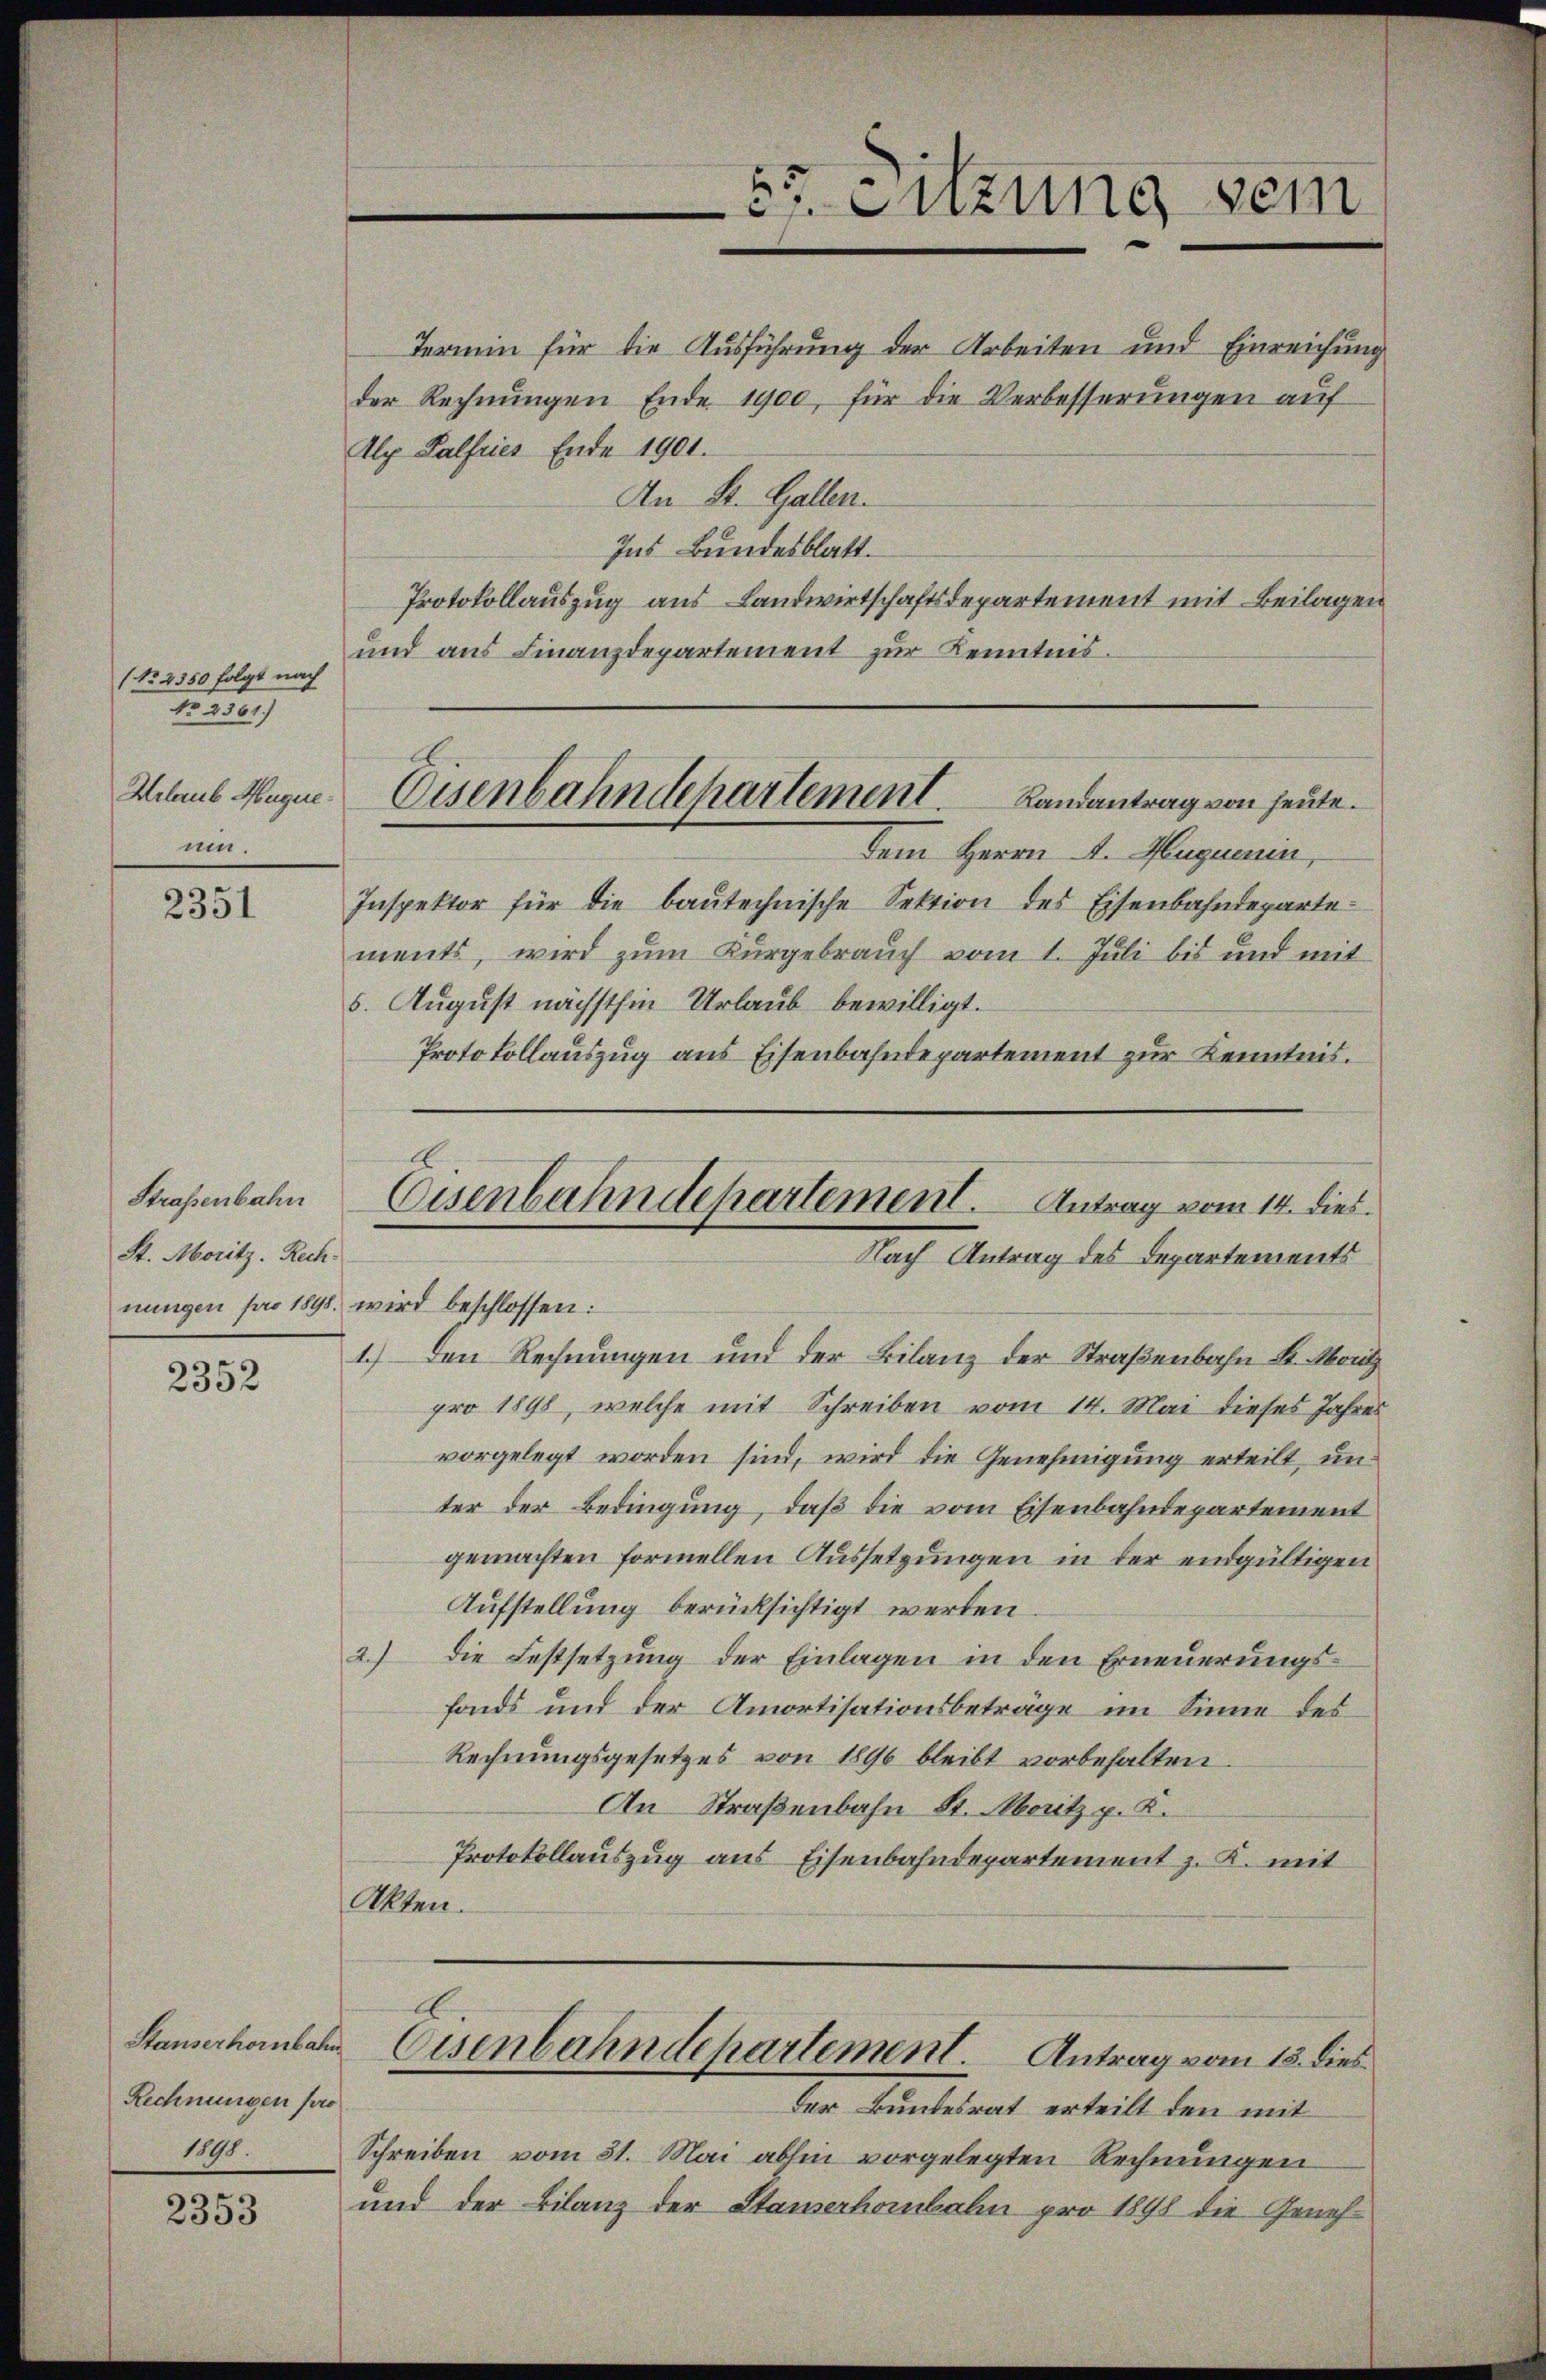
(No 2350 folgt nach
Nro 2561/
Helrub Hugere
um.

2351

Straßenbahn
St. Moritz. Rechnungen pro 1898 wird beschlossen:

2352

Stauserhornbahn
Rechnungen pro

2353

Enzung sein

Termin für die Ausführung der Arbeiten und Einreichung
der Rechnungen Ende 1900, für die Verbesserungen auf
Aly Palfries Ende 1901.
An St. Gallen.
Ins Bundesblatt.
Protokollauszug aus Landwirtschaftsdepartement mit Beilagen
und aus Finanzdepartement zur Kenntnis.

dem Herrn A. Huguenin,
Inspektor für die baŭtechnische Sektion des Eisenbahndeparte
ments, wird zum Kurgebrauch vom 1. Juli bis und mit
5. August nächsthin Urlaub bewilligt.
Protokollauszug aus Eisenbahndepartement zur Kenntnis.
1.) Den Rechnungen und der Bilanz der Straßenbahn St. Moritz
pro 1898, welche mit Schreiben vom 14. Mai dieses Jahres
vorgelegt worden sind, wird die Genehmigung erteilt, un
ter der Bedingung, daß die vom Eisenbahndepartement
gemachten formellen Aussetzungen in der endgültigen
Aufstellung berücksichtigt werden
2.) Die Festsetzung der Einlagen in den Erneuerungsfonds und der Amortisationsbeträge im Sinne des
Rechnungsgesetzes von 1896 bleibt vorbehalten.
An Straßenbahn St. Moritz p. K.
Protokollauszug aus Eisenbahndepartement z. K. mit
Alten.

Eisenbahndchartement. Landantrag von heute.

Eisenbahndepartement. Antrag vom 14. dies
Nach Antrag des Departements

E
Eisenbahndepartement. Antrag vom 15. dies

der Bundesrat erteilt den mit
1898. Schreiben vom 31. Mai abhin vorgelegten Rechnŭngen
und der Bilanz der Stauserhombahn pro 1898 die Geneh¬